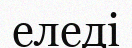
еледі